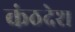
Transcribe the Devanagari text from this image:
कंठदेश